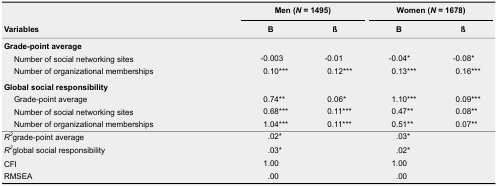
| <ROWSPAN=2> Variables | <COLSPAN=2> Men (N = 1495) | <COLSPAN=2> Women (N = 1678) |
 | B | ß | B | ß |
 | --- | --- | --- | --- | --- |
 | <COLSPAN=5> Grade-point average |
 | Number of social networking sites | -0.003 | -0.01 | -0.04* | -0.08* |
 | Number of organizational memberships | 0.10*** | 0.12*** | 0.13*** | 0.16*** |
 | <COLSPAN=5> Global social responsibility |
 | Grade-point average | 0.74** | 0.06* | 1.10*** | 0.09*** |
 | Number of social networking sites | 0.68*** | 0.11*** | 0.47** | 0.08** |
 | Number of organizational memberships | 1.04*** | 0.11*** | 0.51** | 0.07** |
 | R2grade-point average | .02* |  | .03* |  |
 | R2global social responsibility | .03* |  | .02* |  |
 | CFI | 1.00 |  | 1.00 |  |
 | RMSEA | .00 |  | .00 |  |